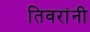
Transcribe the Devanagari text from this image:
तिवरांनी